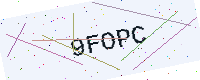
Text: 9FOPC